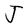
Character: J